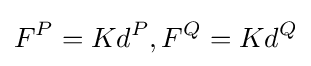
F^{P}=Kd^{P},F^{Q}=Kd^{Q}